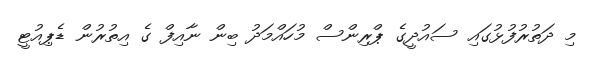
މި ދަތުރުފުޅުގައި ސައުދީގެ ޕްރިންސް މުހައްމަދު ބިން ނާއިފް ގެ އިތުރުން ޑެޕިއުޓީ